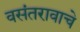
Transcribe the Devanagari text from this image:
वसंतरावाचे